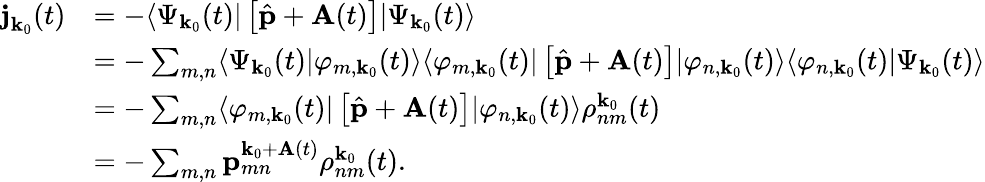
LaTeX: \begin{array}{rl}{\textbf{j}_{\textbf{k}_{0}}(t)}&{=-\langle\Psi_{\textbf{k}_{0}}(t)|\left[\hat{\textbf{p}}+\textbf{A}(t)\right]|\Psi_{\textbf{k}_{0}}(t)\rangle}\\ &{=-\sum_{m,n}\langle\Psi_{\textbf{k}_{0}}(t)|\varphi_{m,\textbf{k}_{0}}(t)\rangle\langle\varphi_{m,\textbf{k}_{0}}(t)|\left[\hat{\textbf{p}}+\textbf{A}(t)\right]|\varphi_{n,\textbf{k}_{0}}(t)\rangle\langle\varphi_{n,\textbf{k}_{0}}(t)|\Psi_{\textbf{k}_{0}}(t)\rangle}\\ &{=-\sum_{m,n}\langle\varphi_{m,\textbf{k}_{0}}(t)|\left[\hat{\textbf{p}}+\textbf{A}(t)\right]|\varphi_{n,\textbf{k}_{0}}(t)\rangle\rho_{nm}^{\textbf{k}_{0}}(t)}\\ &{=-\sum_{m,n}\textbf{p}_{mn}^{\textbf{k}_{0}+\textbf{A}(t)}\rho_{nm}^{\textbf{k}_{0}}(t).}\end{array}